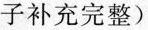
子补充完整）